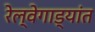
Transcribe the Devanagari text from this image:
रेल्वेगाड्यांत